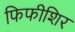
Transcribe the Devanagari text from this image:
फिफीशिर